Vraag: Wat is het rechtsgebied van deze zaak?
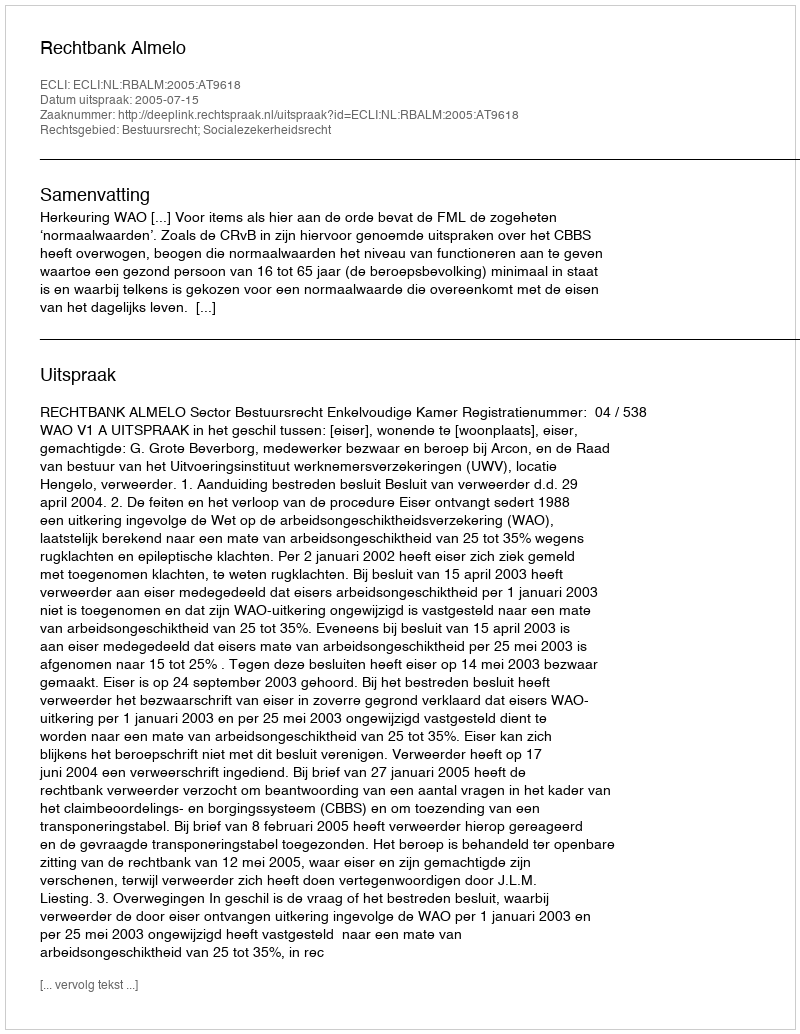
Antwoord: Bestuursrecht; Socialezekerheidsrecht